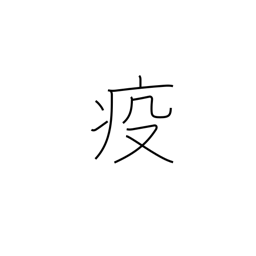
Meaning: epidemic